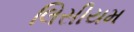
લિસીયમ